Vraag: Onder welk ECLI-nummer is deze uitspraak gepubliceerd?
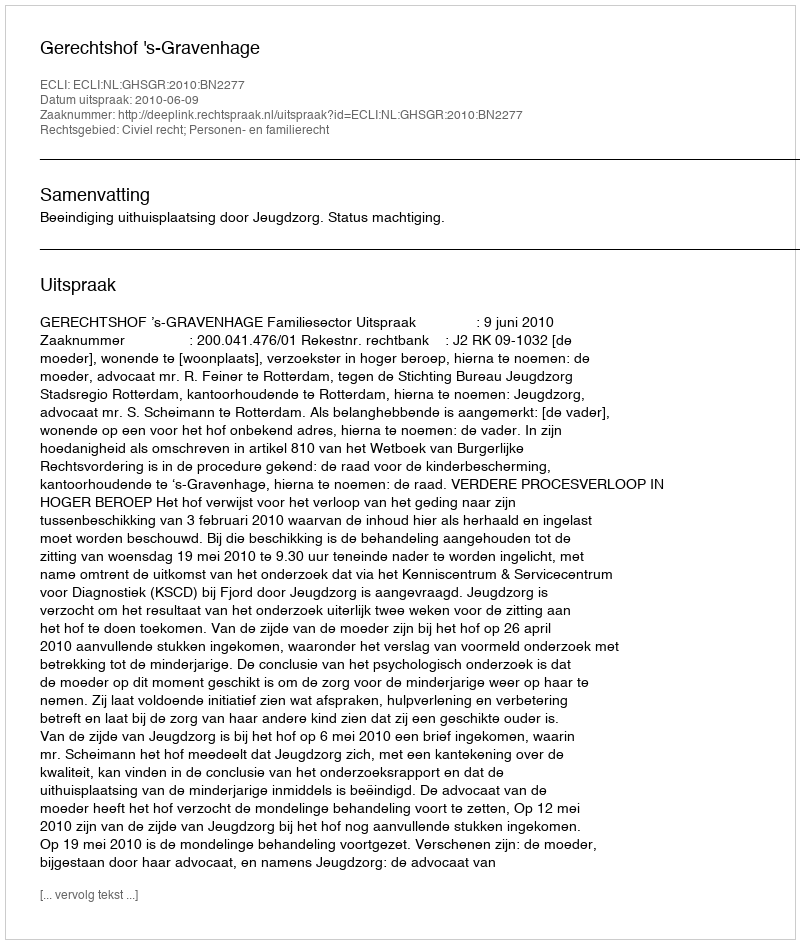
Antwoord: ECLI:NL:GHSGR:2010:BN2277